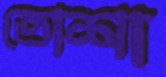
তোশা